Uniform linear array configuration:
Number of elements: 8
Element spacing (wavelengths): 0.25
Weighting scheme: exponential
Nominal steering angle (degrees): -30
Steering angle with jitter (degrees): -29.1
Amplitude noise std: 0.05
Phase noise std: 0.05

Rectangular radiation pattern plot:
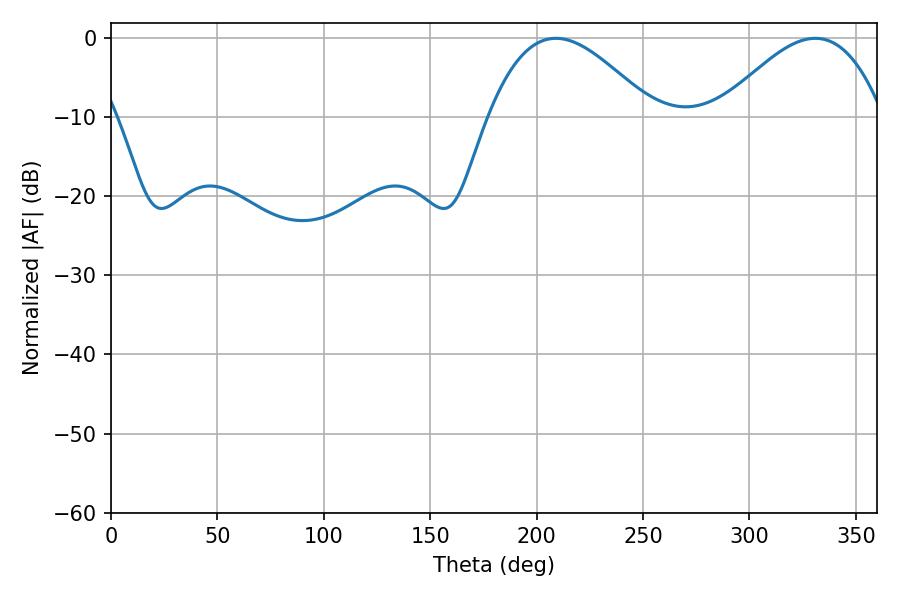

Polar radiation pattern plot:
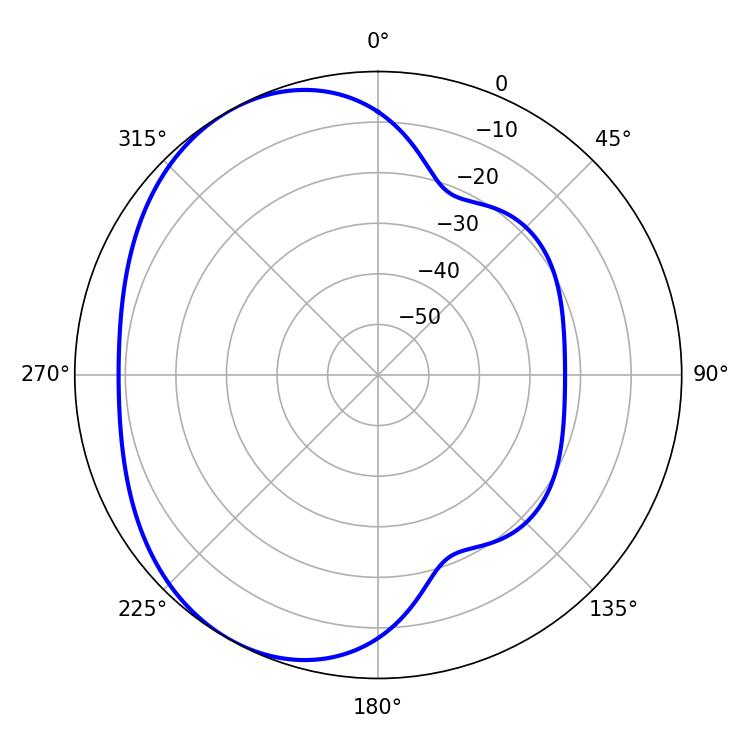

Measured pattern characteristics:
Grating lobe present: FALSE
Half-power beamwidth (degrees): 41.76
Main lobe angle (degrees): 208.98